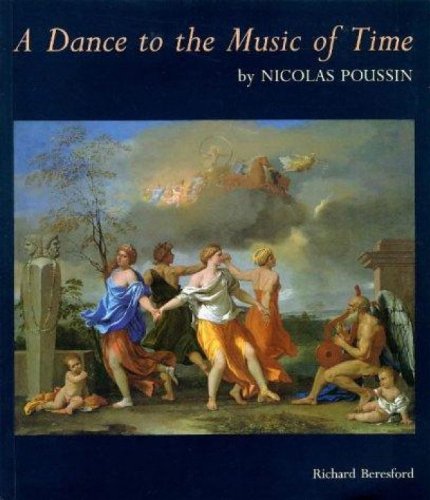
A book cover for Dance to the Music of Time: By Nicholas Poussin; Nicholas Poussin; Crafts, Hobbies & Home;